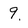
Character: 9